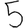
Digit: 5